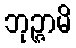
ဘုဉ္ဇာမိ